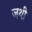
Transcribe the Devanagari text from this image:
जथी